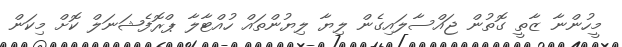
މީހުންނާ ޒާތީ ގޮތުން ޖައްސާލައިގެން ލިޔާ ލިޔުންތައް ހުއްޓާލާ ޕްރޮފެޝަނަލް ކޮށް މިކަން